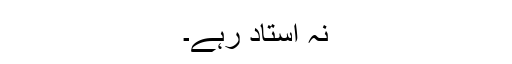
نہ استاد رہے۔